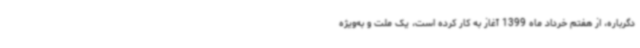
دگرباره، از هفتم خرداد ماه 1399 آغاز به کار کرده است، یک ملت و به‌ویژه